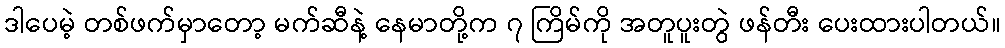
ဒါပေမဲ့ တစ်ဖက်မှာတော့ မက်ဆီနဲ့ နေမာတို့က ၇ ကြိမ်ကို အတူပူးတွဲ ဖန်တီး ပေးထားပါတယ်။